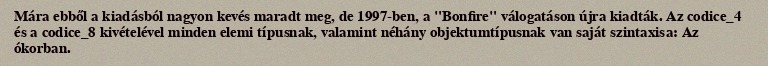
Mára ebből a kiadásból nagyon kevés maradt meg, de 1997-ben, a "Bonfire" válogatáson újra kiadták. Az codice_4 és a codice_8 kivételével minden elemi típusnak, valamint néhány objektumtípusnak van saját szintaxisa: Az ókorban.